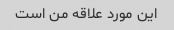
این مورد علاقه من است